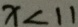
x < 1 1